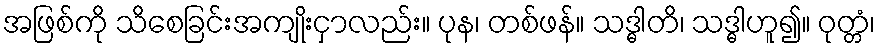
အဖြစ်ကို သိစေခြင်းအကျိုးငှာလည်း။ ပုန၊ တစ်ဖန်။ သဒ္ဓါတိ၊ သဒ္ဓါဟူ၍။ ဝုတ္တံ၊